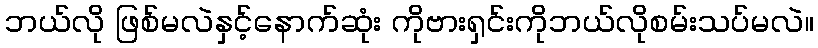
ဘယ်လို ဖြစ်မလဲနှင့်နောက်ဆုံး ကိုဗားရှင်းကိုဘယ်လိုစမ်းသပ်မလဲ။